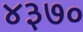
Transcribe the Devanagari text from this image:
४३७०